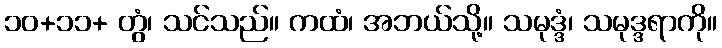
၁၀+၁၁+ တွံ၊ သင်သည်။ ကထံ၊ အဘယ်သို့။ သမုဒ္ဒံ၊ သမုဒ္ဒရာကို။